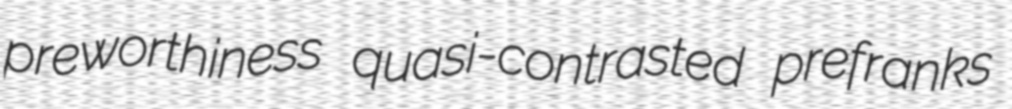
preworthiness quasi-contrasted prefranks